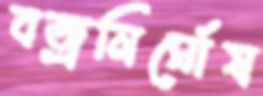
বজ্রনির্ঘোষ